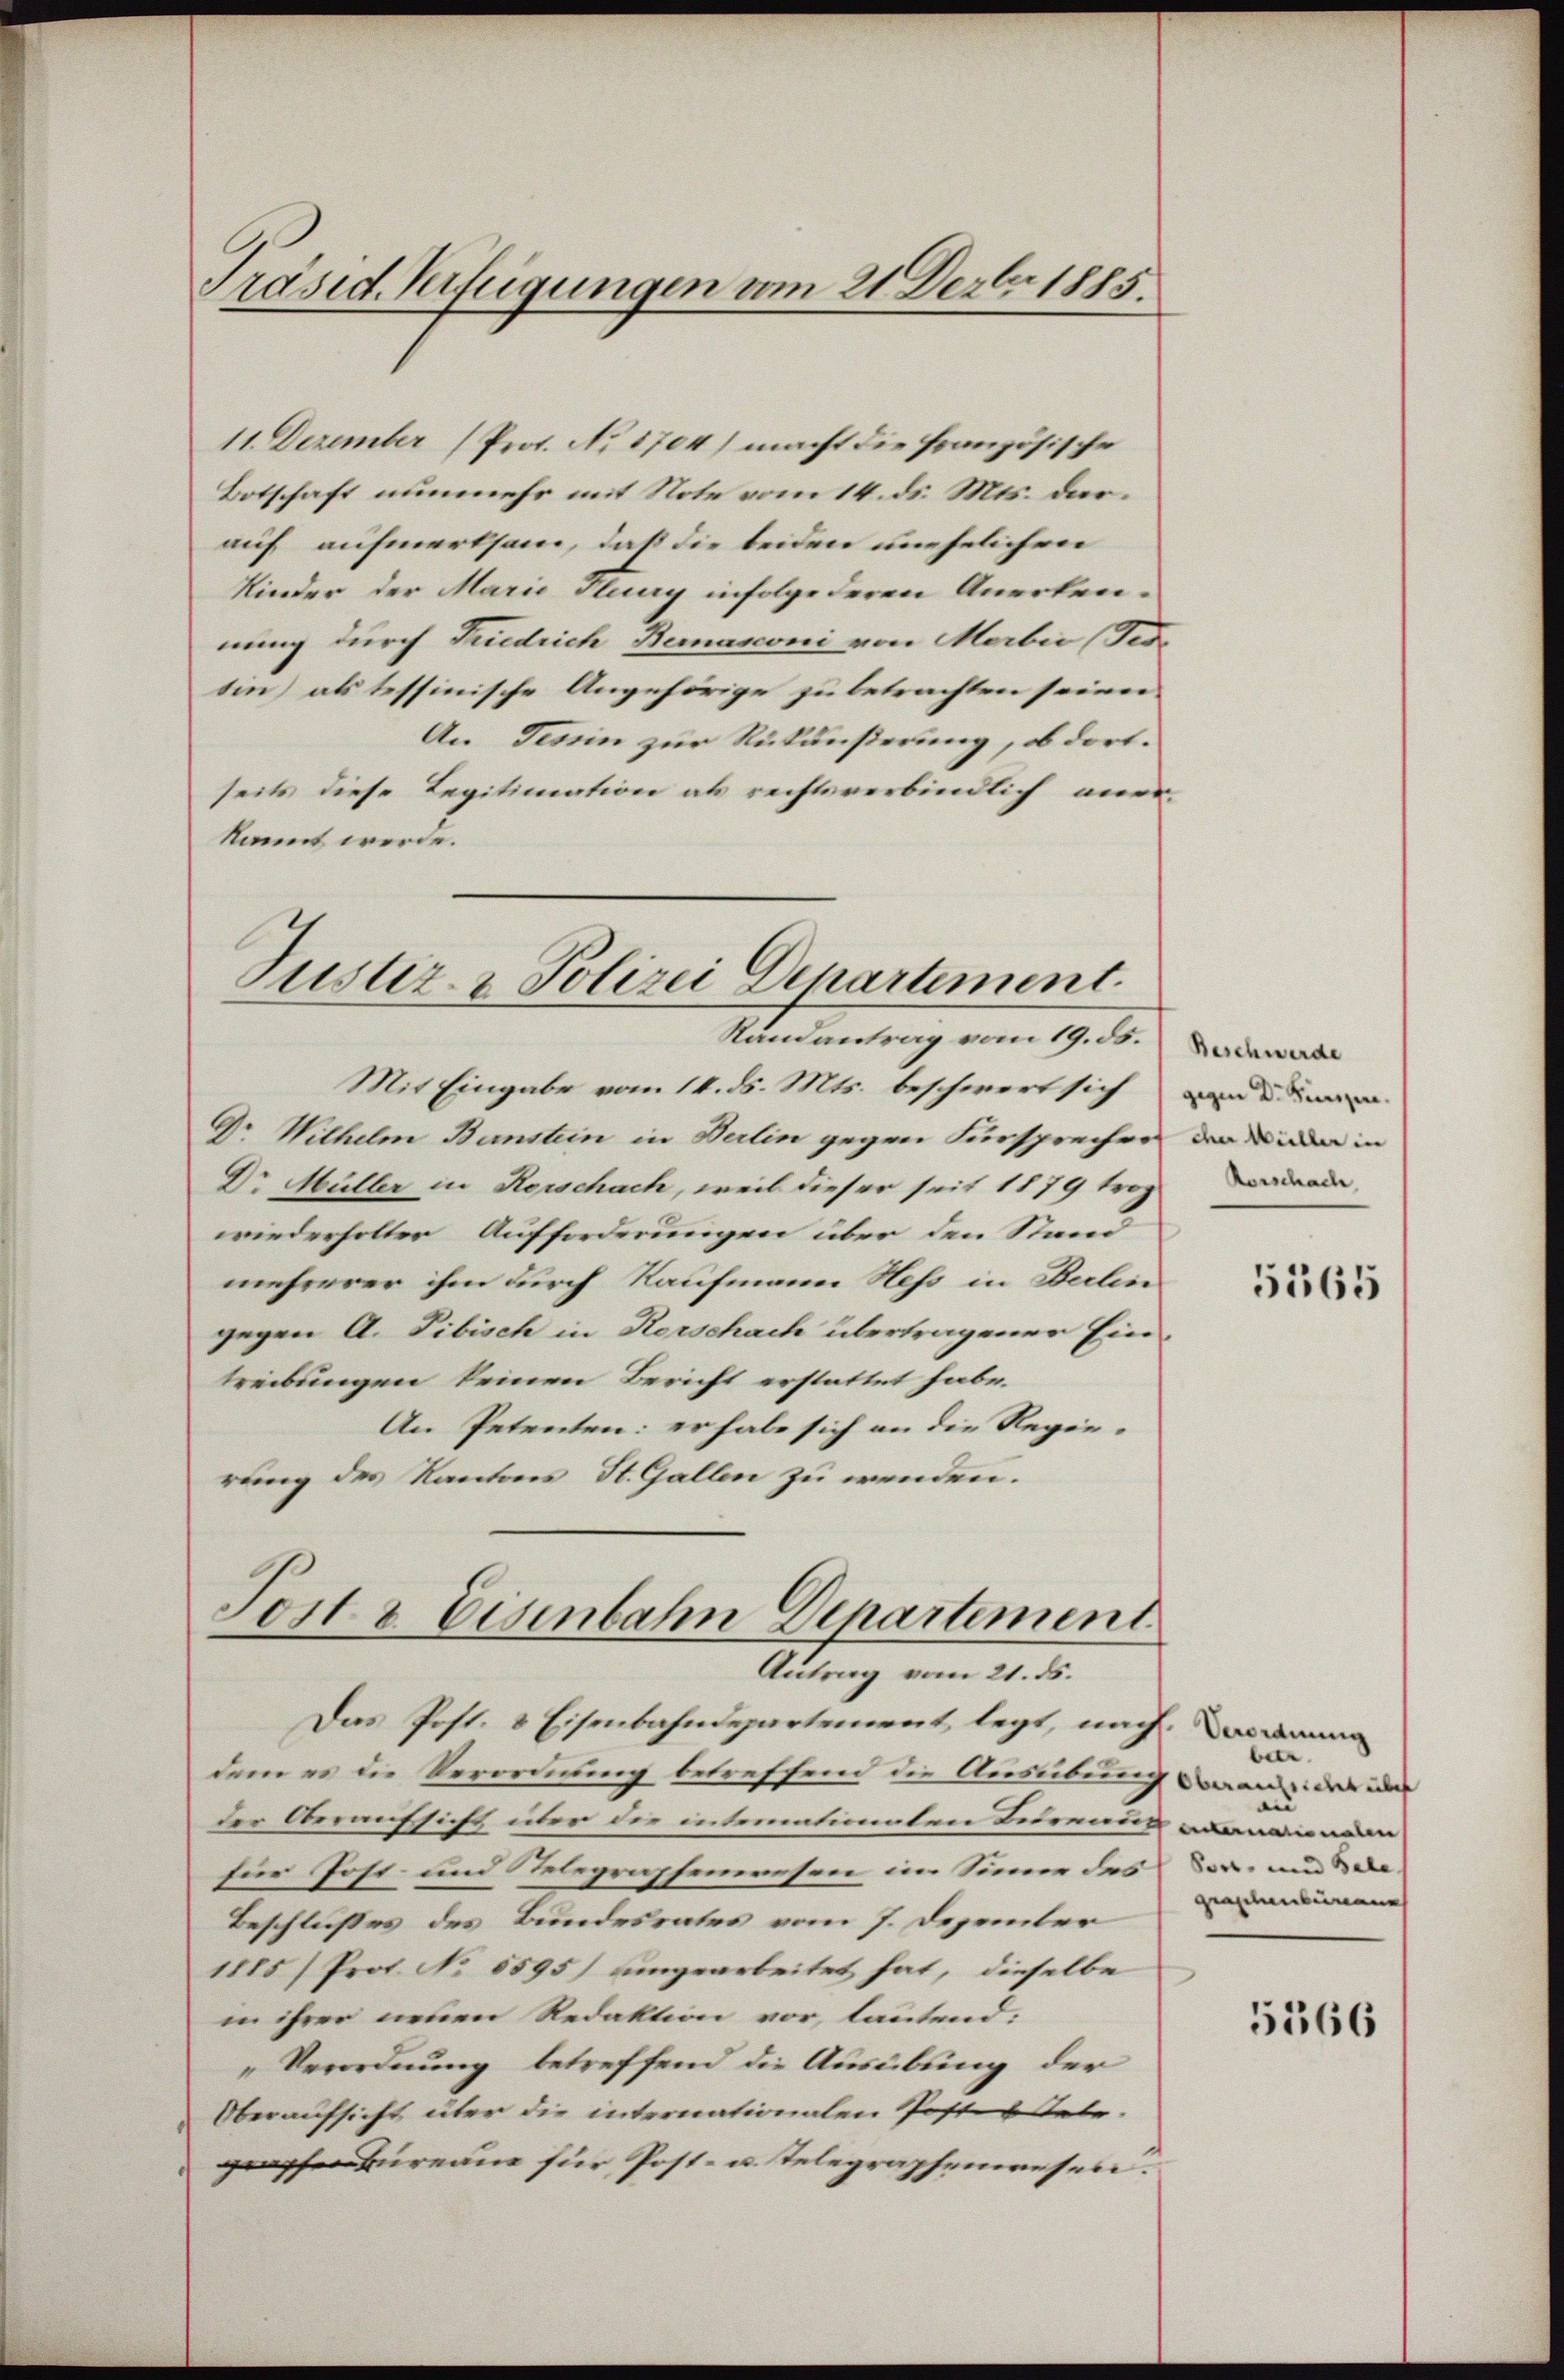
11. Dezember (Prot. No 1704) macht die französische
Botschaft nunmehr mit Note vom 14. ds. Mts. darauf aufmerksam, daß die beiden unehelichen
Kinder der Marie Flury infolge deren Anerken-
nung durch Friedrich Bernasconi von Marbei (Tes-
tin) als tessinische Angehörige zu betrachten seien.
An Tessin zur Rückäußerung, ob dort.
seits diese Legitimation als rechtsverbindlich aner-
kannt werde.

Präsid. Verfügungen vom 21 Dezbr. 1885.

Justiz- & Polizei Departement.

Randantrag vom 19. ds.
Mit Eingabe vom 14. ds. Mts. beschwert sich werde
Dr Wilhelm Bunstein in Berlin gegen Fürsprecher
Dr Müller in Kerschach, weil dieser seit 1879 trag
wiederholter Aufforderungen über den Stand
mehrerer ihm durch Kaufmann Hess in Berlin
gegen A. Tibisch in Herschach übertragener Eintreibungen keinen Bericht erstattet habe.
An Petenten: er habe sich an die Regie-
rung des Kantons St. Gallen zu wenden.

Post & Eisenbahn Departement
Antrag vom 21. ds.

Das Post. 8 Eisenbahndepartement, legt, nach. Das dann
dem er die Verordnung betreffend die Ausübung war der in
der Oberaufsicht über der intemationaten Bederung an
für Post- und Stelegraphenwesen im Sinner des Vor- und de
Beschlußes des Bundesrates vom 7. Dezember
1885) Prof. No 5595) eingearbeitet hat, dieselbe
in ihrer neuen Redaktion vor, lautend:
„Verordnung betreffend die Ausübung der
Oberaufsicht über die internationalen Posten Peter.
graph Bureau für Post- u. telegraphenwesen.

Beschwerde
cher Willer in
Rorschach

5565

ben.
au
grastentinen

5566